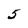
Character: 5